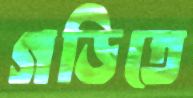
গড়িতে